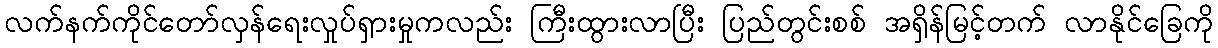
လက်နက်ကိုင်တော်လှန်ရေးလှုပ်ရှားမှုကလည်း ကြီးထွားလာပြီး ပြည်တွင်းစစ် အရှိန်မြင့်တက် လာနိုင်ခြေကို